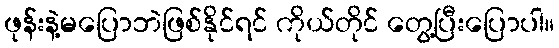
ဖုန်းနဲ့မပြောဘဲဖြစ်နိုင်ရင် ကိုယ်တိုင် တွေ့ပြီးပြောပါ။